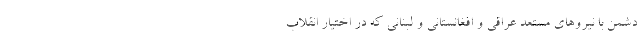
دشمن با نیروهای مستعد عراقی و افغانستانی و لبنانی که در اختیار انقلاب